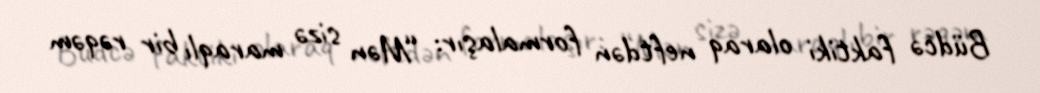
Büdcə faktiki olaraq neftdən formalaşır: “Mən sizə maraqlı bir rəqəm